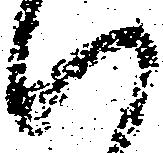
候